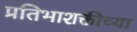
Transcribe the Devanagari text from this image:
प्रतिभाशक्तीच्या